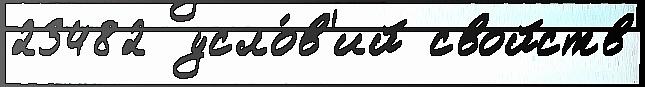
23482  усло́в'ий свойств